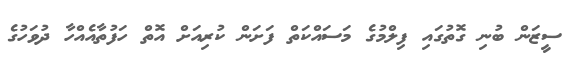
ސީޒަން ބުނި ގޮތުގައި ފިލްމުގެ މަސައްކަތް ފަށަން ކުރިއަށް އޮތް ހަފުތާއެއްހާ ދުވަހުގެ